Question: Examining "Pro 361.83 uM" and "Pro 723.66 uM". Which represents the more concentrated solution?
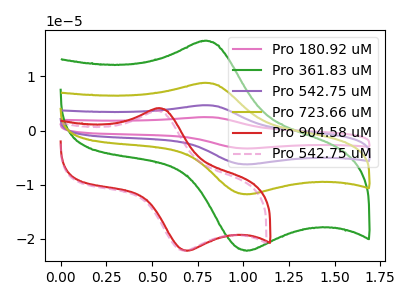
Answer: <think>The pink curve "Pro 180.92 uM" has an anodic peak at (0.80V, 26.30uA) and a cathodic peak at (1.00V, -35.35uA). The green curve "Pro 361.83 uM" has an anodic peak at (0.80V, 16.50uA) and a cathodic peak at (1.00V, -22.20uA). The purple curve "Pro 542.75 uM" has an anodic peak at (0.80V, 17.55uA) and a cathodic peak at (1.00V, -23.55uA). The olive curve "Pro 723.66 uM" has an anodic peak at (0.80V, 8.75uA) and a cathodic peak at (1.00V, -11.80uA). The red curve "Pro 904.58 uM" has an anodic peak at (0.55V, 4.10uA) and a cathodic peak at (0.70V, -22.20uA). The pink dashed curve "Pro 542.75 uM" has an anodic peak at (0.50V, 3.60uA) and a cathodic peak at (0.70V, -22.20uA).
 All the peaks in "Pro 361.83 uM" have a peak in "Pro 723.66 uM" at the same potential. Every peak in "Pro 361.83 uM" is higher than every peak in "Pro 723.66 uM".</think>
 <answer>"Pro 361.83 uM" has more signal than "Pro 723.66 uM" and so likely has a higher concentration.</answer>
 <eval>more_concentration</eval>